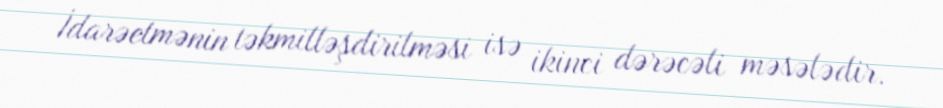
İdarəetmənin təkmilləşdirilməsi isə ikinci dərəcəli məsələdir.